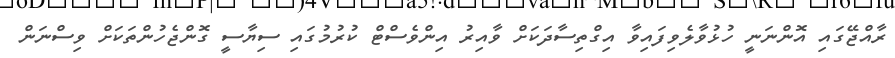
ރާއްޖޭގައި އޮންނަނީ ހުޅުވާލެވިފައިވާ އިގްތިސާދަކަށް ވާއިރު އިންވެސްޓް ކުރުމުގައި ސިޔާސީ ގޮންޖެހުންތަކަށް ވިސްނަން